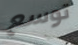
توسع